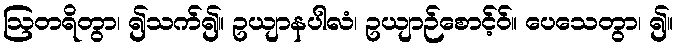
ဩတရိတွာ၊ ၍သက်၍။ ဥယျာနပါလံ၊ ဥယျာဉ်စောင့်ဝ်။ ပေသေတွာ၊ ၍။